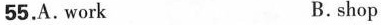
55.A. work B. shop